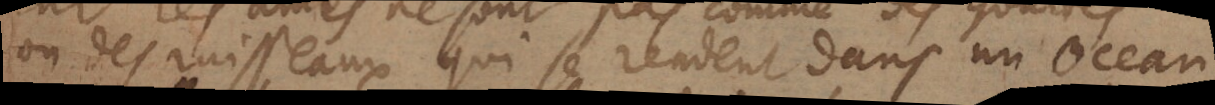
ou des ruisseaux qui se rendent dans un Ocean,